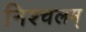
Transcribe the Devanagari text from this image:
निश्चलम्